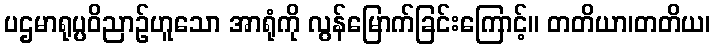
ပဌမာရုပ္ပဝိညာဉ်ဟူသော အာရုံကို လွန်မြောက်ခြင်းကြောင့်။ တတိယာ၊တတိယ၊